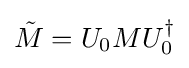
{\tilde {M}}=U_{0}MU_{0}^{\dagger }